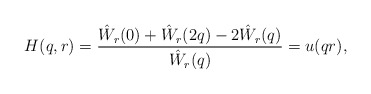
\begin{align*}H(q,r) = \frac{\hat W_r(0) + \hat W_r(2q) - 2\hat W_r(q)}{\hat W_r(q)} = u(qr),\end{align*}